Vabadussoja_Ajaloo_Komitee, lk 38
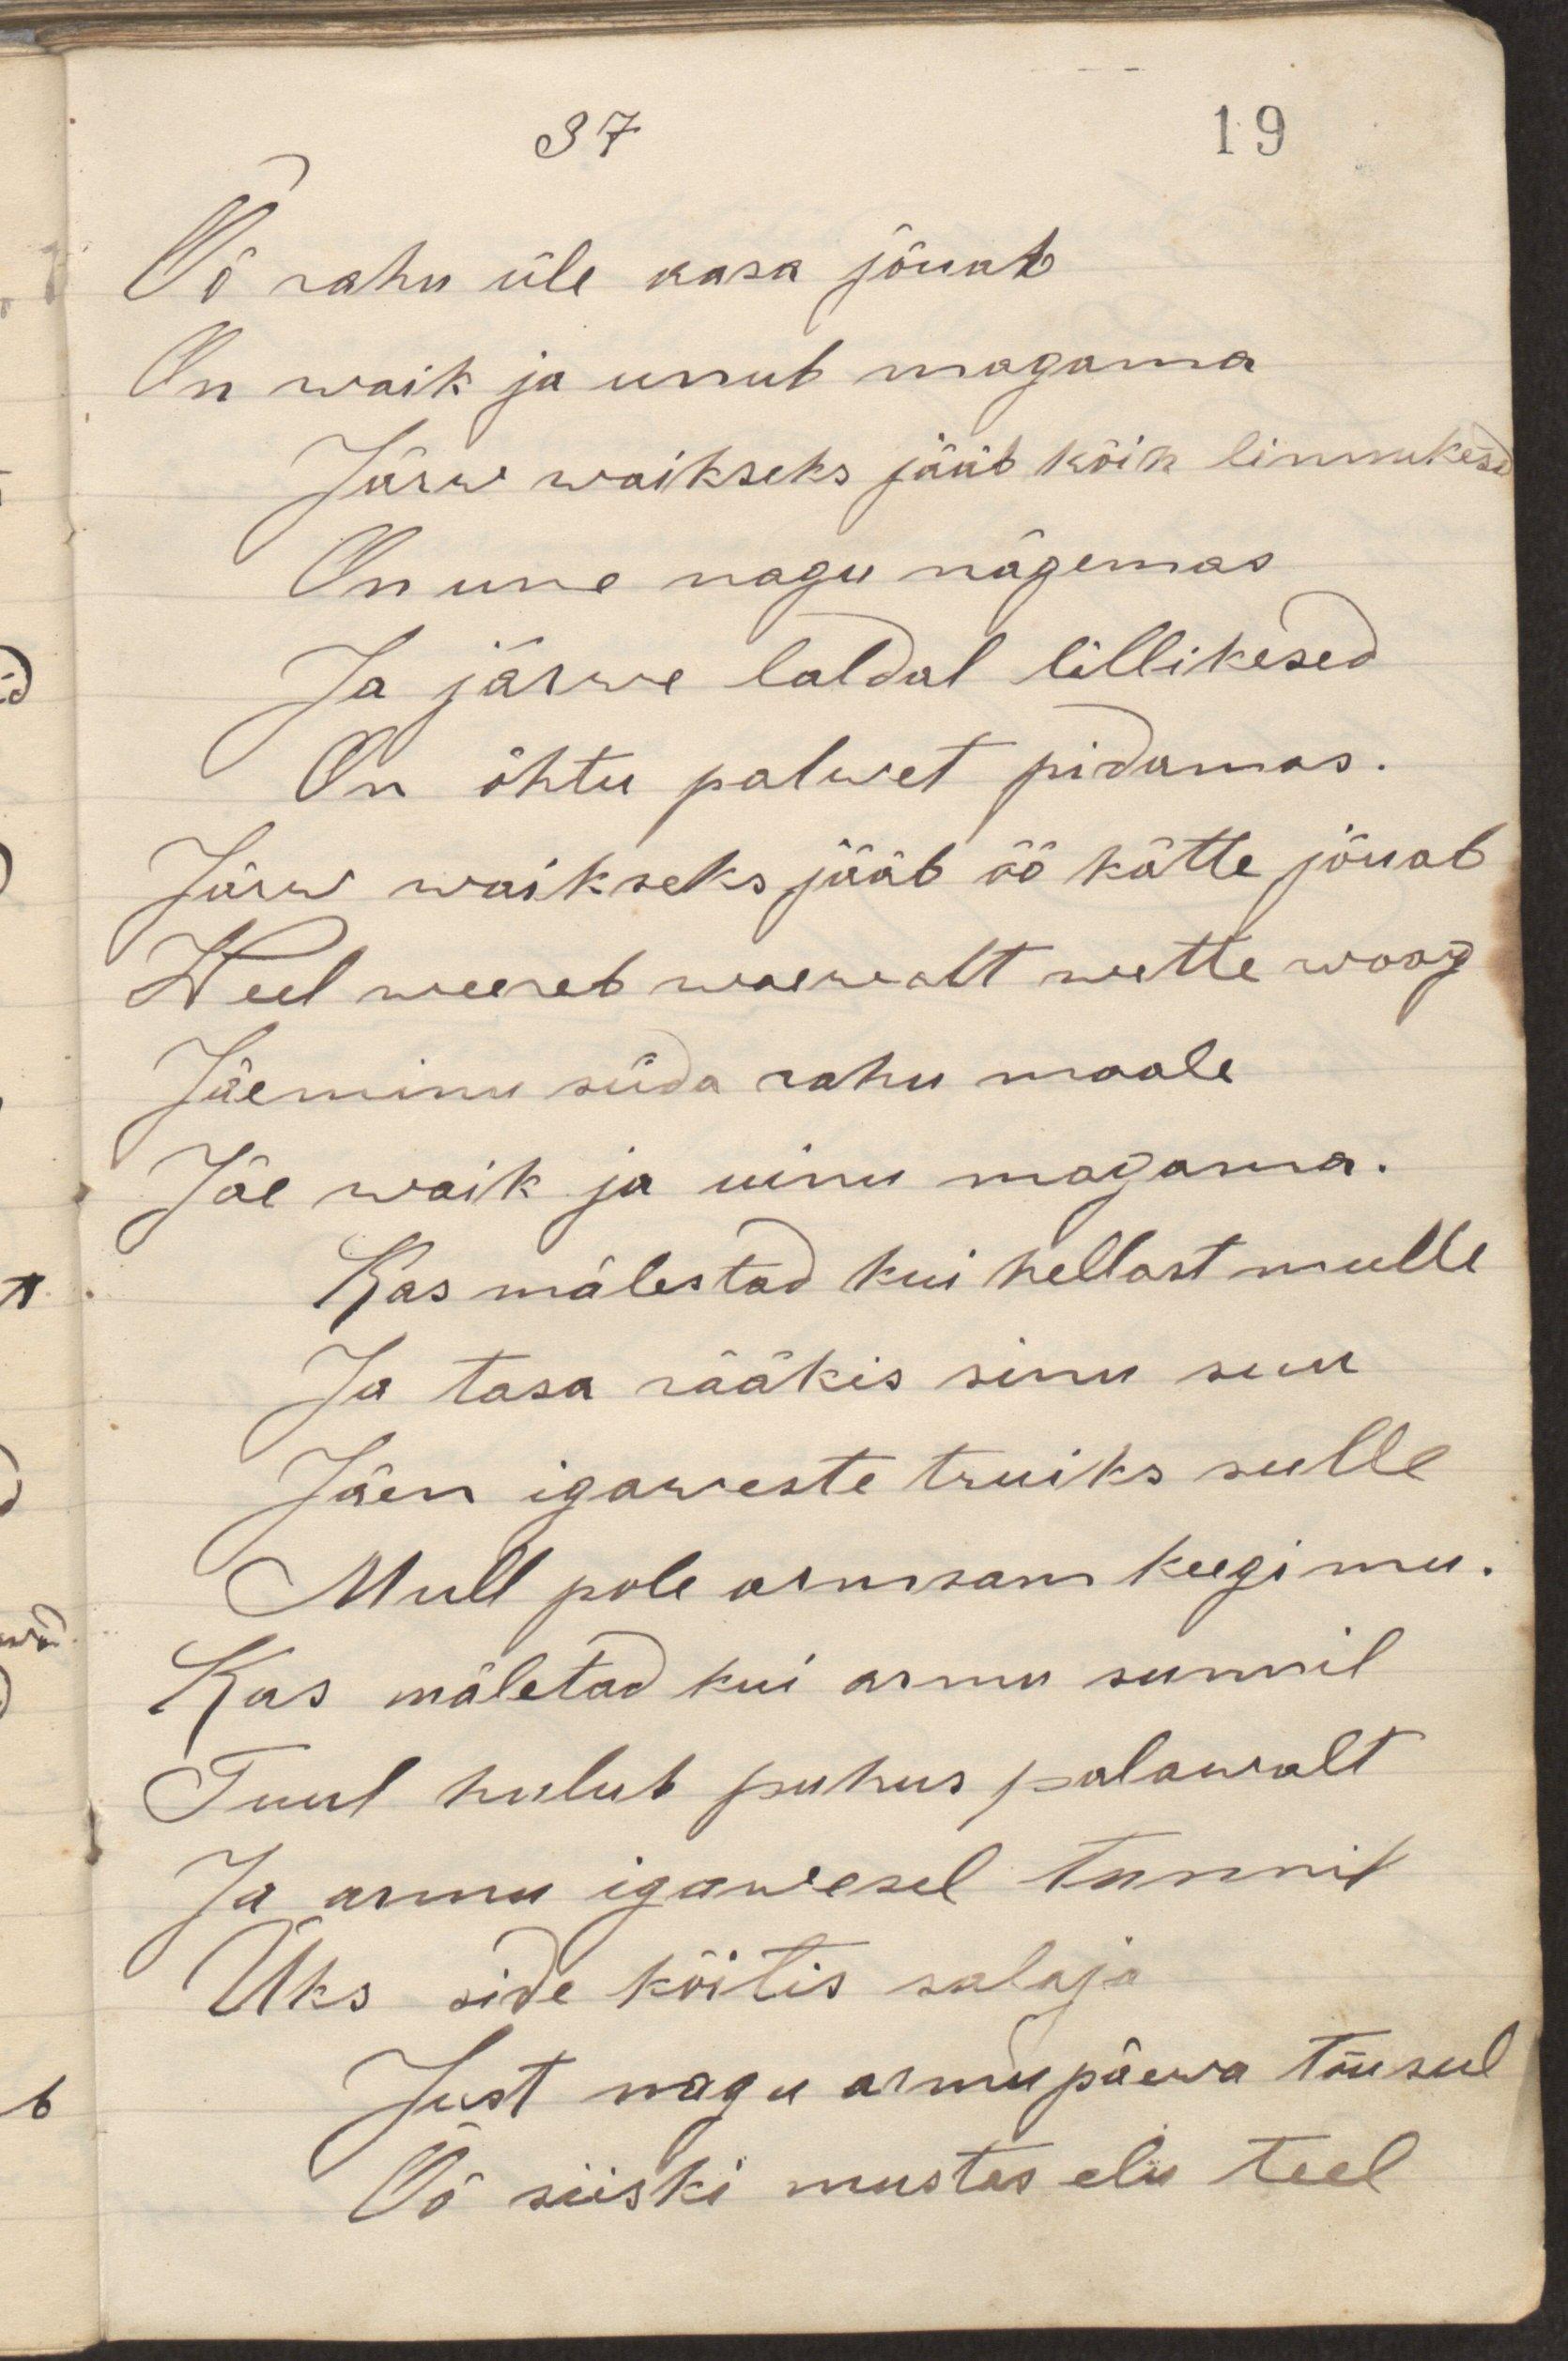
Öö rahu üle aasa jõuab
On waik ja unub magama
Järw waikseks jääb kõik linnukesed
On une nagu nägemas
Ja järve kaldal lillikesed
On õhtu palwet pidamas.
Järw waikseks jääb öö kätte jõuab
Weel weereb waewalt wette woog
Jäeminu süda rahu maale
Jäe waik ja uinu magama.
Kas mälestad kui hellast mulle
Ja tasa rääkis sinu suu
Jäen igaweste truiks sulle
Mull pole armsam keegi mu.
Kas mäletad kui armu sunnil
Tuul hulub puhus palawalt
Ja ammu igawesel tunnil
Üks side köitis salaja
Just nagu armu päewa tõusul
Öö siiski mustes elu teel